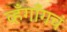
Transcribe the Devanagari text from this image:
व्हँगाँगचं